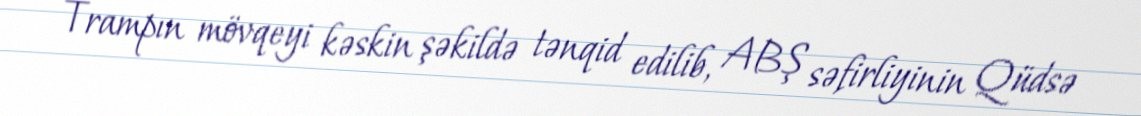
Trampın mövqeyi kəskin şəkildə tənqid edilib, ABŞ səfirliyinin Qüdsə